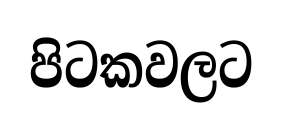
පිටකවලට